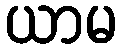
ယာမ